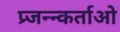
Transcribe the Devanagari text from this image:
प्र्जन्न्कर्ताओ